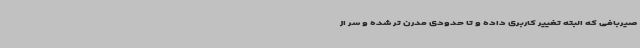
صیربافی که البته تغییر کاربری داده و تا حدودی مدرن تر شده و سر از